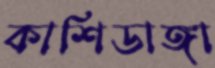
কাশিডাঙ্গা